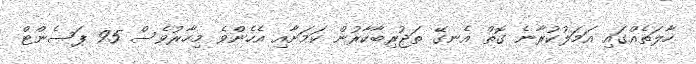
ހާލަތެއްގައި އަމަލުކުރާނެ ގޮތް އެނގޭ ތަޖުރިބާކާރުން ކަމަށާއި އެހެންވެ މިހާރުވެސް 95 ޕަސެންޓް